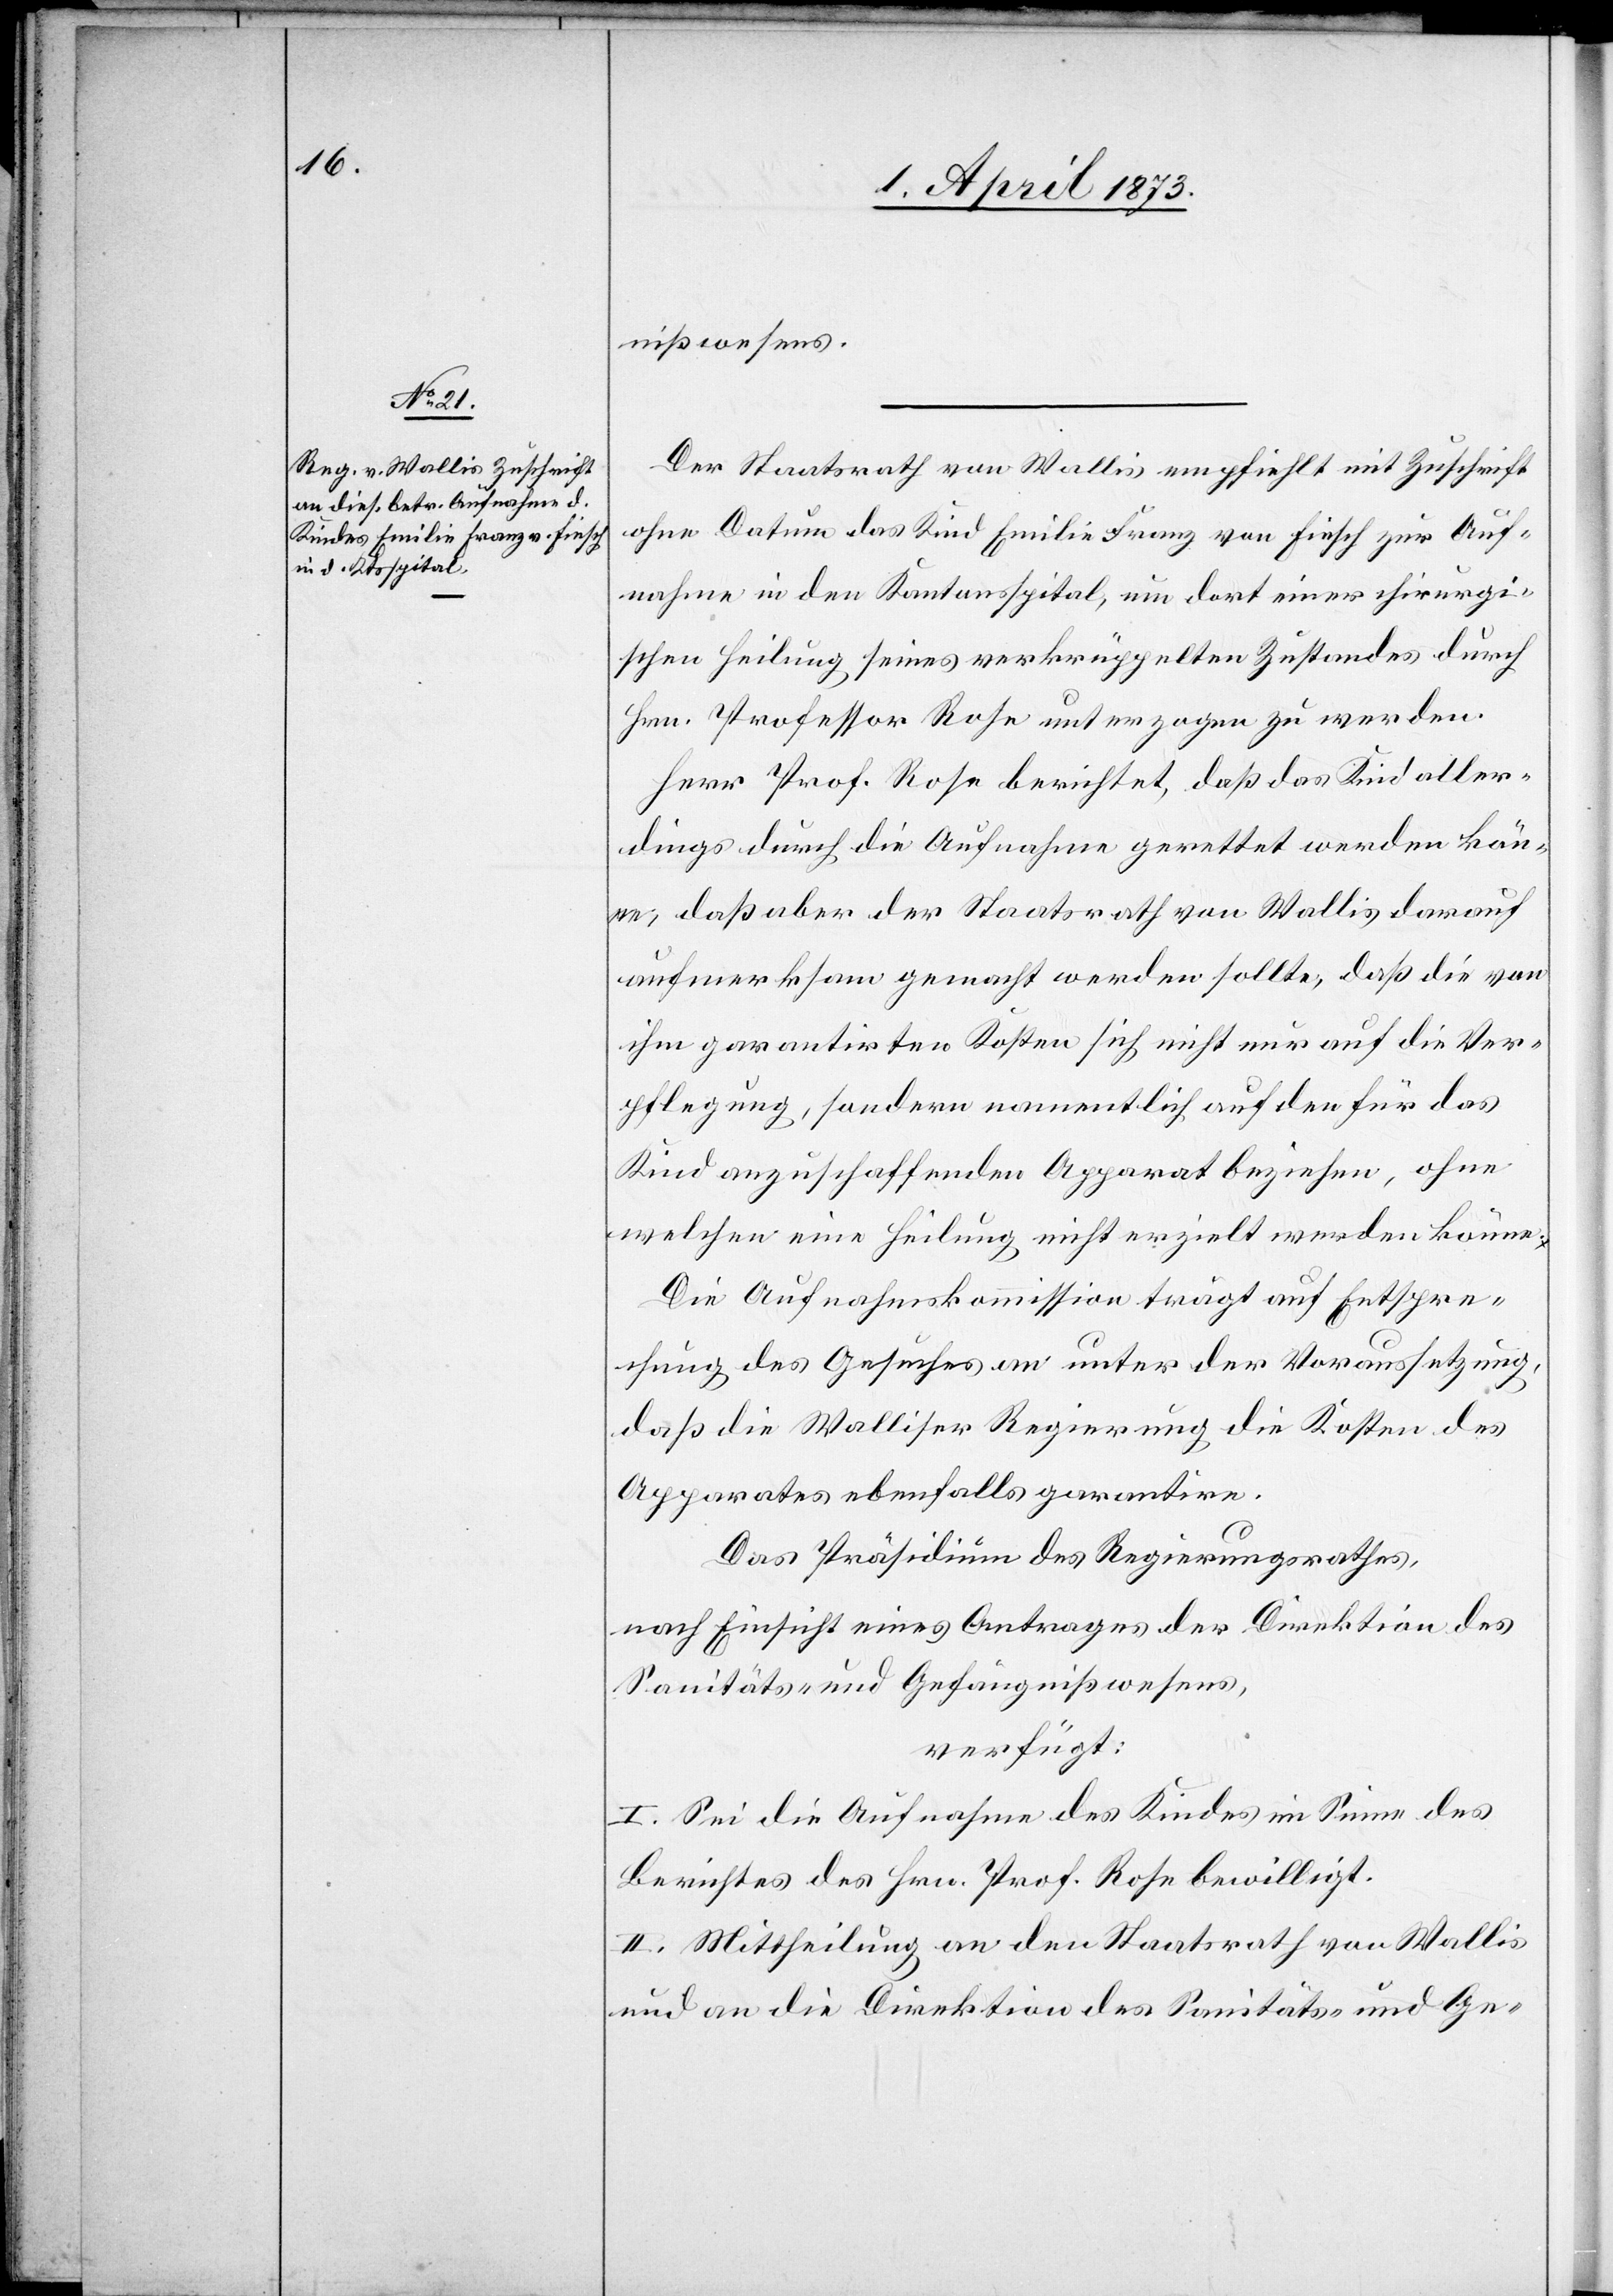
3. April 1873.]
nißwesens.
Der Staatsrath von Wallis empfiehlt mit Zuschrift
ohne Datum das Kind Emilie Franz von Fiesch zur Auf¬
nahme in den Kantonsspital, um dort einer chirurgi¬
schen Heilung seines verkrüppelten Zustandes durch
Hrn. Professor Rose unterzogen zu werden.
Herr Prof. Rose berichtet, daß das Kind aller¬
dings durch die Aufnahme gerettet werden kön¬
ne, daß aber der Staatsrath von Wallis darauf
aufmerksam gemacht werden sollte, daß die von
ihm garantirten Kosten sich nicht nur auf die Ver¬
pflegung, sondern namentlich auf den für das
Kind anzuschaffenden Apparat beziehen, ohne
welchen eine Heilung nicht erzielt werden könne.
die Aufnahmskommission trägt auf Entspre¬
chung des Gesuches an unter der Voraussetzung,
daß die Walliser Regierung die Kosten des
Apparates ebenfalls garantire.
Das Präsidium des Regierungsrathes,
nach Einsicht eines Antrages der Direktion des
Sanitäts- und Gefängnißwesens,
verfügt:
I. Sei die Aufnahme des Kindes im Sinne des
Berichtes des Hrn. Prof. Rose bewilligt.
II. Mittheilung an den Staatsrath von Wallis
und an die Direktion des Sanitäts- und Ge-